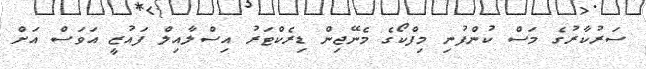
ސަރުކާރުގެ މަސް ކުންފުނި މިފްކޯގެ މެނޭޖިން ޑިރެކްޓަރު އިސްލާއިލް ފައުޒީ އަވަސް އަށް